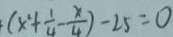
( x ^ { 2 } + \frac { 1 } { 4 } - \frac { x } { 4 } ) - 2 5 = 0